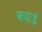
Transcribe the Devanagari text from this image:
कदाई